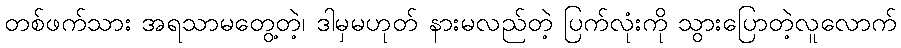
တစ်ဖက်သား အရသာမတွေ့တဲ့၊ ဒါမှမဟုတ် နားမလည်တဲ့ ပြက်လုံးကို သွားပြောတဲ့လူလောက်